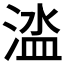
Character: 𣹉